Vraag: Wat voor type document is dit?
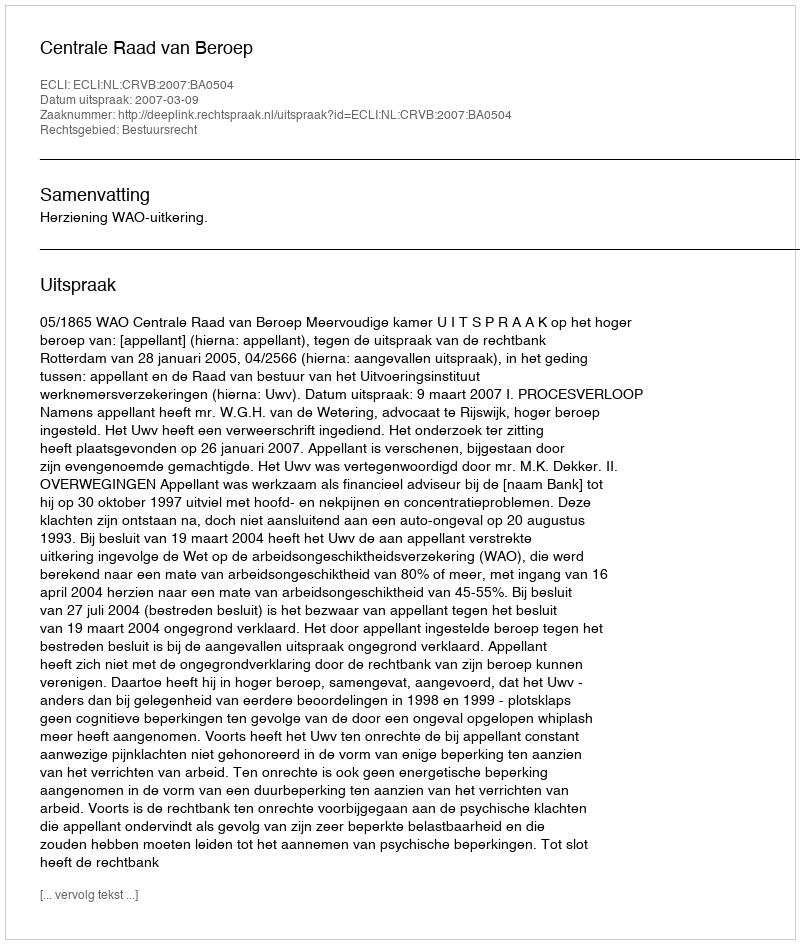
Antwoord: Uitspraak